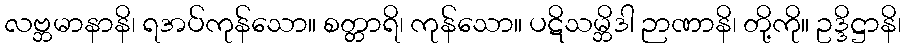
လဗ္ဘမာနာနိ၊ ရအပ်ကုန်သော။ စတ္တာရိ၊ ကုန်သော။ ပဋိသမ္ဘိဒါ ဉာဏာနိ၊ တို့ကို။ ဥဒ္ဒိဋ္ဌာနိ၊